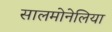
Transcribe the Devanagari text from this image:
सालमोनेलिया